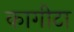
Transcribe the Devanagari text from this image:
कागीटा